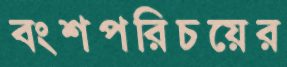
বংশপরিচয়ের